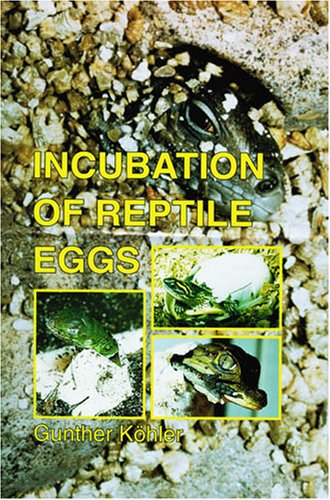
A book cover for Incubation of Reptile Eggs: Basics, Guidelines, Experiences; Gunther Kohler; Crafts, Hobbies & Home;